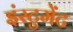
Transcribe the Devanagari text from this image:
इंस्टुमेंट